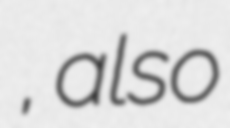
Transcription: كرپنبه اي, also